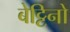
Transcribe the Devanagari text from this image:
बेट्टिनो